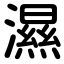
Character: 濕